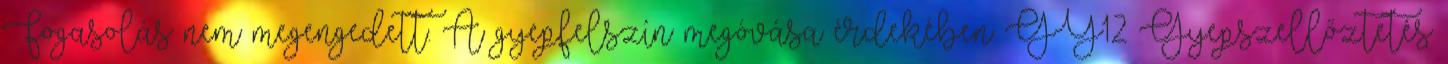
Fogasolás nem megengedett. A gyepfelszín megóvása érdekében GY12 Gyepszellőztetés